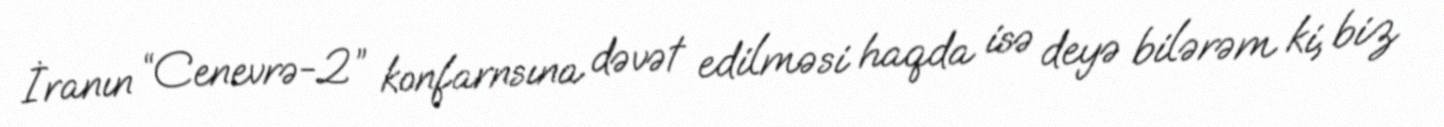
İranın “Cenevrə-2” konfarnsına dəvət edilməsi haqda isə deyə bilərəm ki, biz